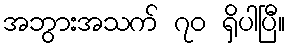
အဘွားအသက် ၇၀ ရှိပါပြီ။